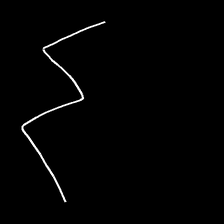
Glyph: crush